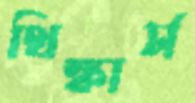
থিঙ্কার্স